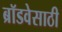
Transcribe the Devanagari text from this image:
ब्रॉडवेसाठी